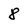
Character: 8